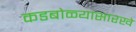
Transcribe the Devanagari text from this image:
कडबोळ्यासारखे